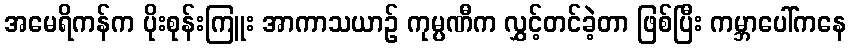
အမေရိကန်က ပိုးစုန်းကြူး အာကာသယာဉ် ကုမ္ပဏီက လွှင့်တင်ခဲ့တာ ဖြစ်ပြီး ကမ္ဘာပေါ်ကနေ